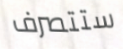
ستتصرف